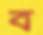
ব